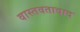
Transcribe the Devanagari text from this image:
वास्तवतावाद